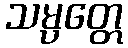
သမ္ပတ္တေ